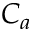
C _ { a }